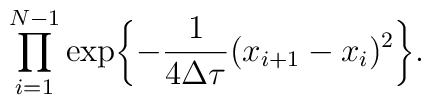
\prod_{i=1}^{N-1} \exp \biggl\{ -\frac{1}{4\Delta\tau} (x_{i+1}-x_i)^2 \biggr\}.